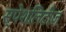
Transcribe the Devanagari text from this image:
स्पेशलिटीज़